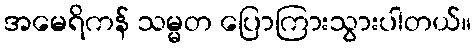
အမေရိကန် သမ္မတ ပြောကြားသွားပါတယ်။